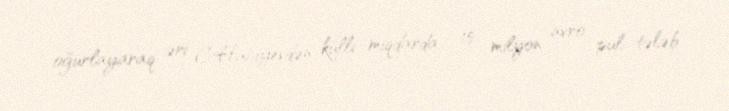
oğurlayaraq əri C.Hacıyevdən külli miqdarda - 15 milyon avro pul tələb